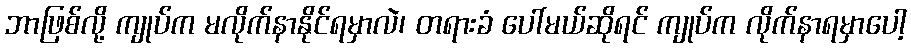
ဘာဖြစ်လို့ ကျုပ်က မလိုက်နာနိုင်ရမှာလဲ၊ တရားခံ ပေါ်မယ်ဆိုရင် ကျုပ်က လိုက်နာရမှာပေါ့